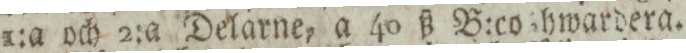
1:a och 2:a Delarne, a 40 ß B:co hwardera.